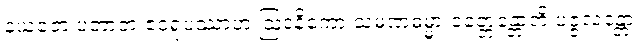
နယတေ ပဘာတံ ဧဝရူပဿာဟံ ဩဒနိကော သမဏဓမ္မာ ဝတ္တေန္တောတိ ပဇ္ဇလန္တော